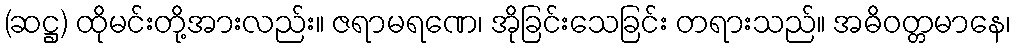
(ဆဋ္ဌ) ထိုမင်းတို့အားလည်း။ ဇရာမရဏေ၊ အိုခြင်းသေခြင်း တရားသည်။ အဓိဝတ္တမာနေ၊